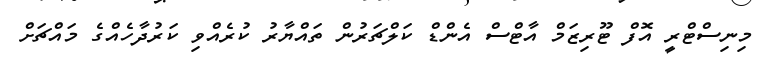
މިނިސްޓްރީ އޮފް ޓޫރިޒަމް އާޓްސް އެންޑް ކަލްޗަރުން ތައްޔާރު ކުރެއްވި ކަރުދާހެއްގެ މައްޗަށް